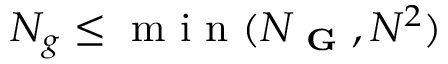
N _ { g } \leq \mathrm { ~ m ~ i ~ n ~ } ( N _ { \textbf { G } } , N ^ { 2 } )